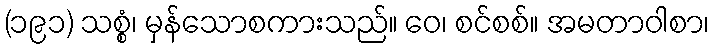
(၁၉၁) သစ္စံ၊ မှန်သောစကားသည်။ ဝေ၊ စင်စစ်။ အမတာဝါစာ၊